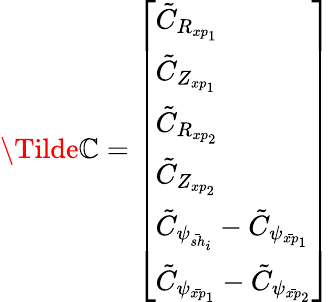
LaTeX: \Tilde{\mathbb{C}}=\left[\begin{array}{l}{\tilde{C}_{R_{xp_{1}}}}\\ {\tilde{C}_{Z_{xp_{1}}}}\\ {\tilde{C}_{R_{xp_{2}}}}\\ {\tilde{C}_{Z_{xp_{2}}}}\\ {\tilde{C}_{\psi_{\bar{sh}_{i}}}-\tilde{C}_{\psi_{\bar{xp}_{1}}}}\\ {\tilde{C}_{\psi_{\bar{xp}_{1}}}-\tilde{C}_{\psi_{\bar{xp}_{2}}}}\end{array}\right]